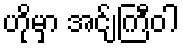
ဟိုမှာ အင်ျကြီဝါ